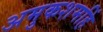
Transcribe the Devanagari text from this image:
अमुकशमहिं